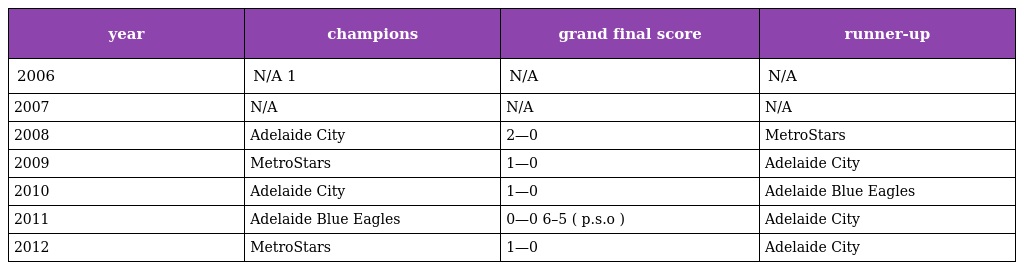
| year | champions | grand final score | runner-up |
 | --- | --- | --- | --- |
 | 2006 | N/A 1 | N/A | N/A |
 | 2007 | N/A | N/A | N/A |
 | 2008 | Adelaide City | 2—0 | MetroStars |
 | 2009 | MetroStars | 1—0 | Adelaide City |
 | 2010 | Adelaide City | 1—0 | Adelaide Blue Eagles |
 | 2011 | Adelaide Blue Eagles | 0—0 6–5 ( p.s.o ) | Adelaide City |
 | 2012 | MetroStars | 1—0 | Adelaide City |